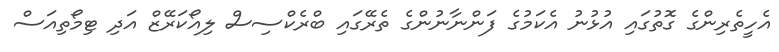
އެހީތެރިންގެ ގޮތުގައި އުޅުނު އެކަމުގެ ފަންނާނުންގެ ތެރޭގައި ބްރެކްސިސް ލިއޯކަރޭޒް އަދި ޓިމޯތިއަސް